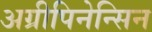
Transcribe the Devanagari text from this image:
अग्रीपिनेन्सिन